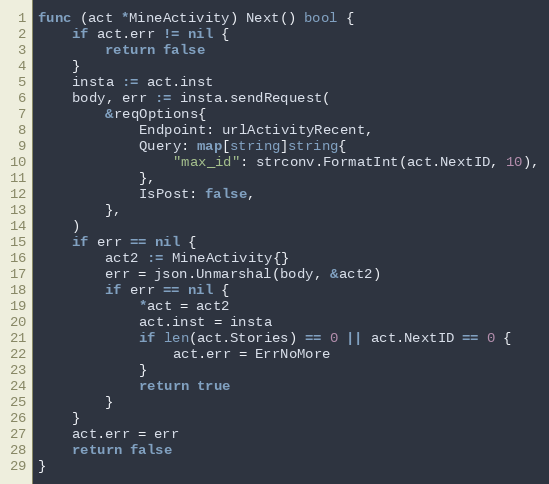
Language: Go
func (act *MineActivity) Next() bool {
	if act.err != nil {
		return false
	}
	insta := act.inst
	body, err := insta.sendRequest(
		&reqOptions{
			Endpoint: urlActivityRecent,
			Query: map[string]string{
				"max_id": strconv.FormatInt(act.NextID, 10),
			},
			IsPost: false,
		},
	)
	if err == nil {
		act2 := MineActivity{}
		err = json.Unmarshal(body, &act2)
		if err == nil {
			*act = act2
			act.inst = insta
			if len(act.Stories) == 0 || act.NextID == 0 {
				act.err = ErrNoMore
			}
			return true
		}
	}
	act.err = err
	return false
}